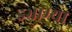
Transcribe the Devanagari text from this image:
इभ्राम्या